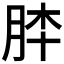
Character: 𦚬